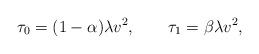
LaTeX: \begin{align*}\tau_0=(1-\alpha)\lambda v^2,\qquad\tau_1=\beta\lambda v^2,\end{align*}